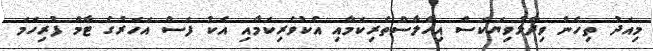
މިއަދު ތިހެން ވިދާޅުވިޔަކަސް އިހްލާސްތެރިކަމާއި އެކުވެރިކަމާއި އެކު ފަސް އަހަރުގެ ޓާމް ފުރިހަމަ